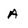
Character: A